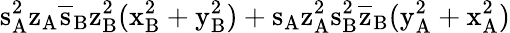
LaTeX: \mathrm{s_{A}^{2}\mathrm{z_{A}\mathrm{\overline{{s}}_{B}\mathrm{z_{B}^{2}(\mathrm{x_{B}^{2}+\mathrm{y_{B}^{2})+\mathrm{s_{A}\mathrm{z_{A}^{2}\mathrm{s_{B}^{2}\mathrm{\overline{{z}}_{B}(\mathrm{y_{A}^{2}+\mathrm{x_{A}^{2})}}}}}}}}}}}}